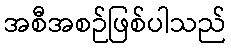
အစီအစဉ်ဖြစ်ပါသည်